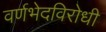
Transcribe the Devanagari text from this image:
वर्णभेदविरोधी